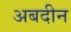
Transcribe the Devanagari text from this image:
अबदीन